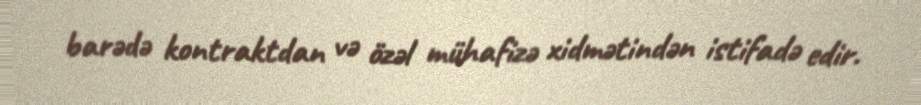
barədə kontraktdan və özəl mühafizə xidmətindən istifadə edir.